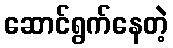
ဆောင်ရွက်နေတဲ့